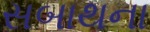
સબાથના